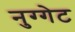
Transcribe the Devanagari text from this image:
नुग्गेट